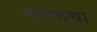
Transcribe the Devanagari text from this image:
नारळचा